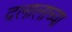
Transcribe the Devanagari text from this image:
दलालाच्या